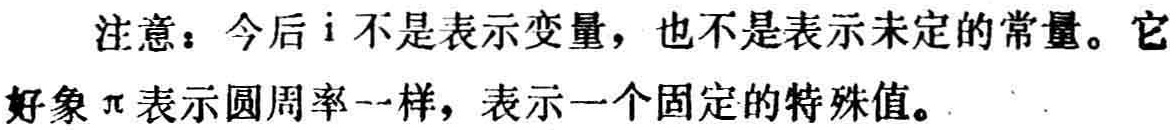
注意：今后\(i\)不是表示变量，也不是表示未定的常量。它好象\(\pi\)表示圆周率一样，表示一个固定的特殊值。